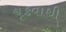
ચૂકવાથી